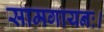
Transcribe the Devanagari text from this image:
सामगायनः।